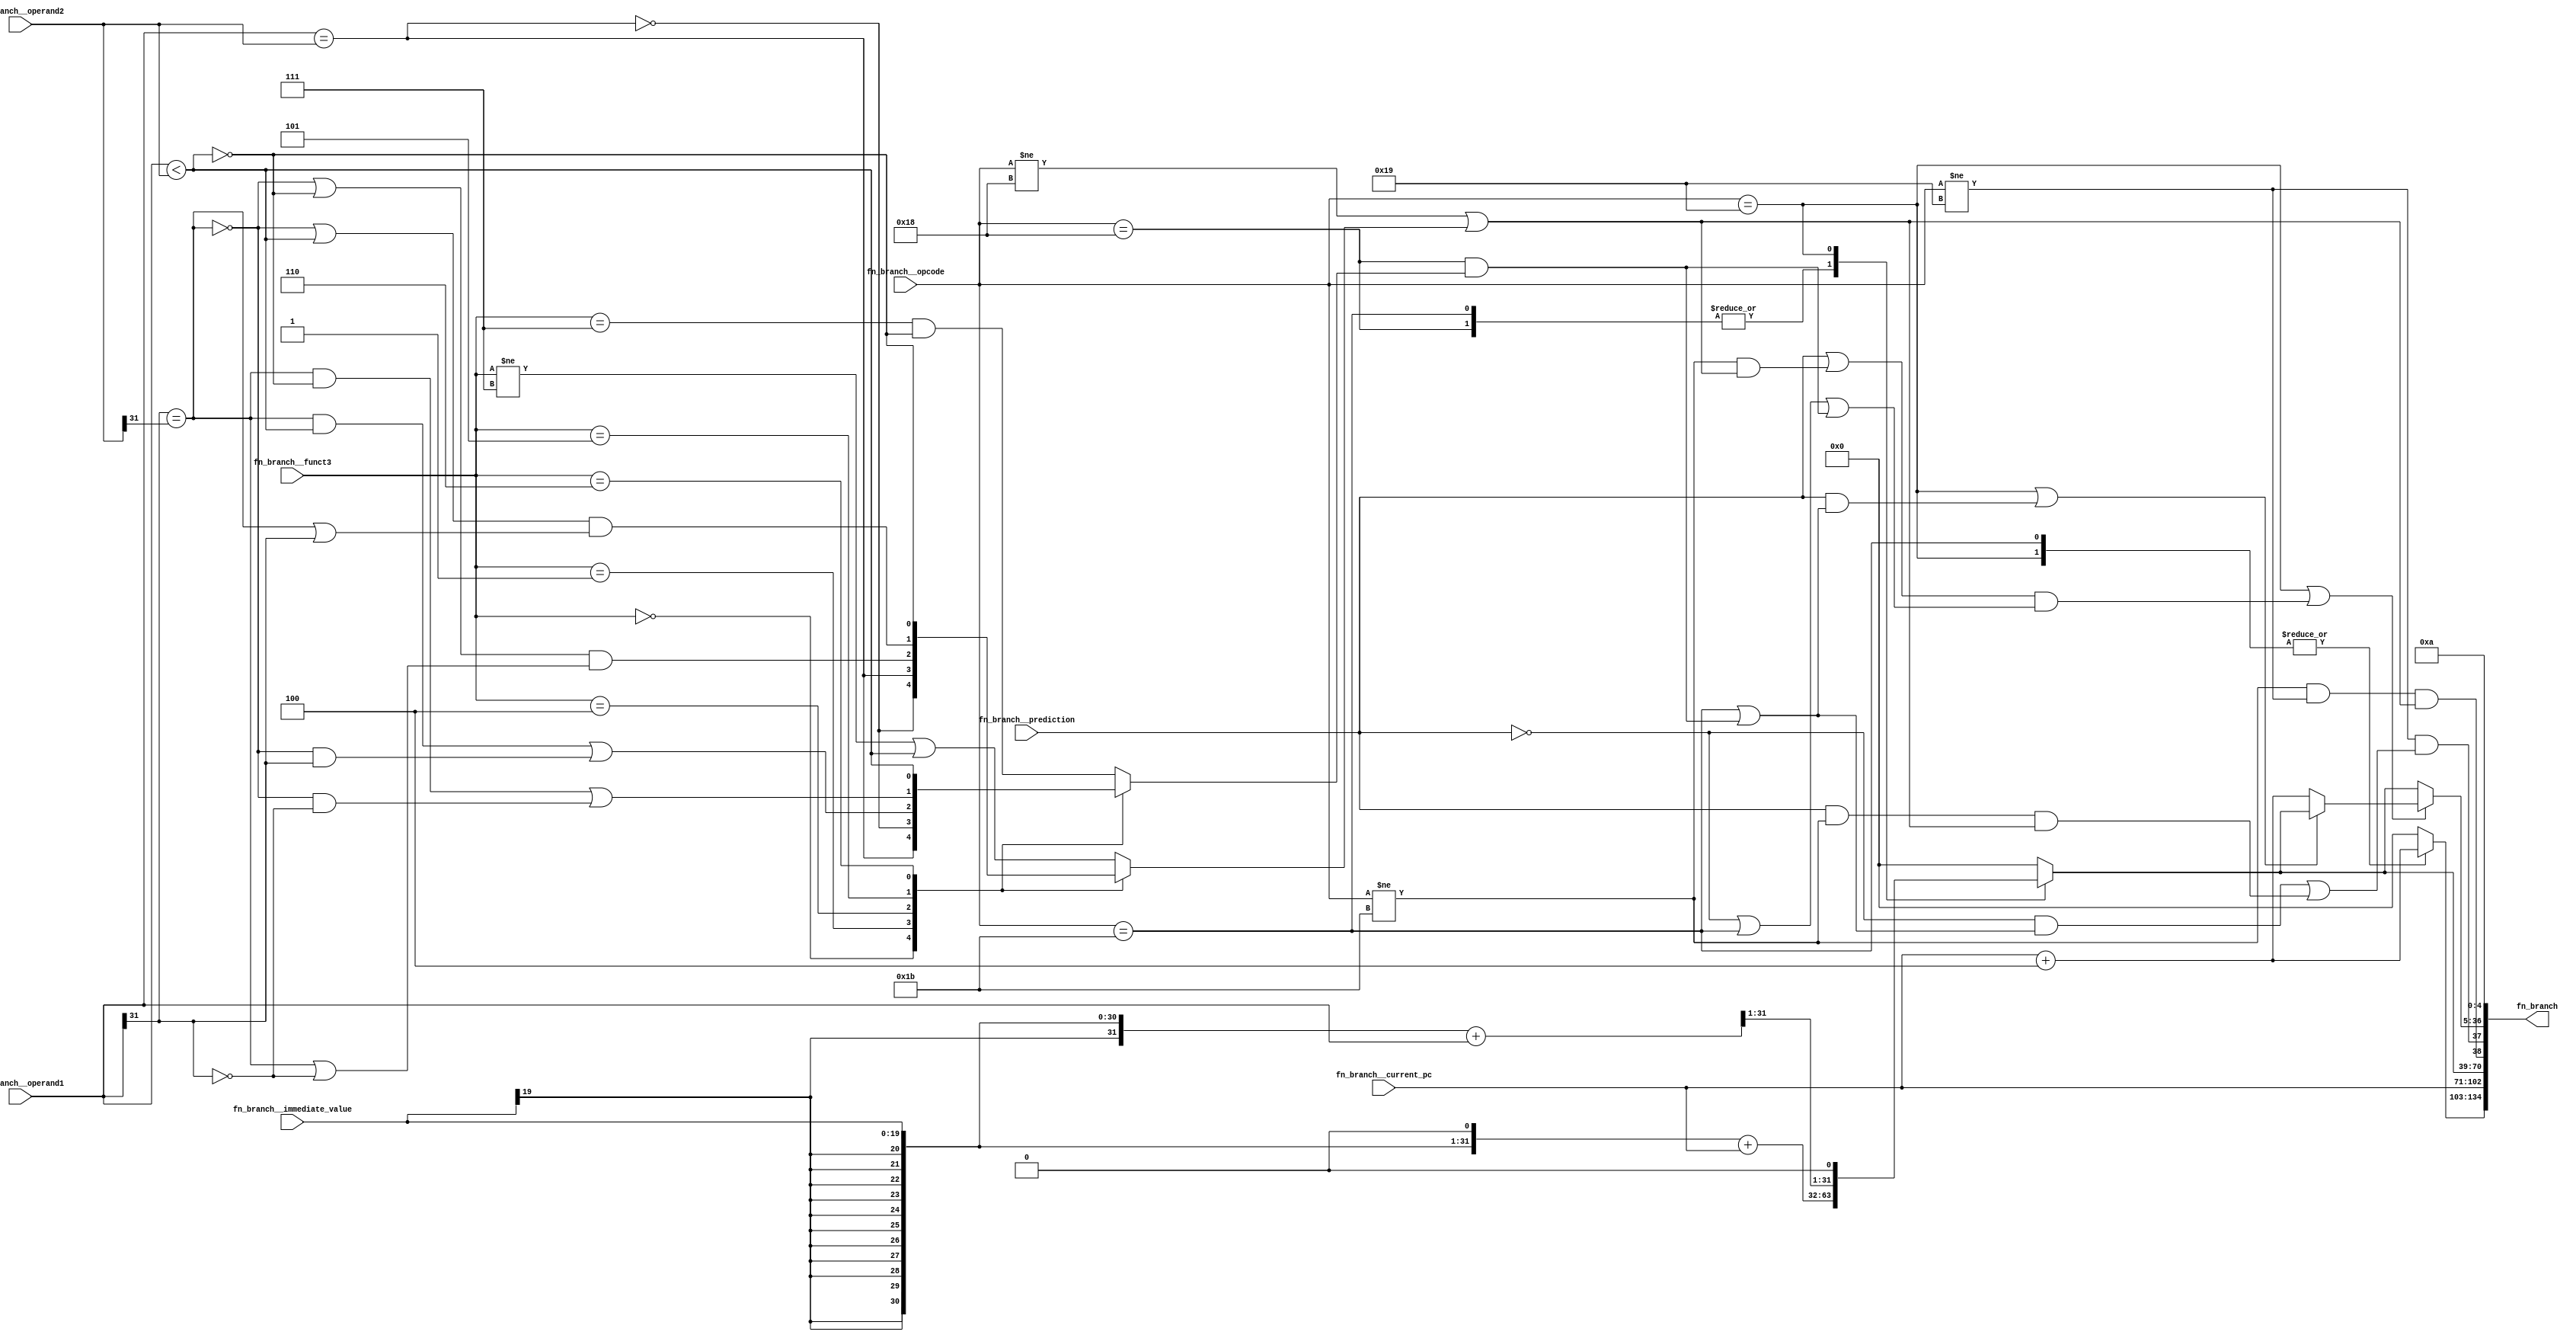
//
// Generated by Bluespec Compiler, version 2016.07.beta1 (build 34806, 2016-07-05)
//
// On Tue Mar 28 10:39:12 IST 2017
//
//
// Ports:
// Name                         I/O  size props
// fn_branch                      O   135
// fn_branch__opcode              I     5
// fn_branch__funct3              I     3
// fn_branch__current_pc          I    32
// fn_branch__immediate_value     I    20
// fn_branch__operand1            I    32
// fn_branch__operand2            I    32
// fn_branch__prediction          I     1
//
// Combinational paths from inputs to outputs:
//   (fn_branch__opcode,
//    fn_branch__funct3,
//    fn_branch__current_pc,
//    fn_branch__immediate_value,
//    fn_branch__operand1,
//    fn_branch__operand2,
//    fn_branch__prediction) -> fn_branch
//
//

`ifdef BSV_ASSIGNMENT_DELAY
`else
  `define BSV_ASSIGNMENT_DELAY
`endif

`ifdef BSV_POSITIVE_RESET
  `define BSV_RESET_VALUE 1'b1
  `define BSV_RESET_EDGE posedge
`else
  `define BSV_RESET_VALUE 1'b0
  `define BSV_RESET_EDGE negedge
`endif

module module_fn_branch(fn_branch__opcode,
			fn_branch__funct3,
			fn_branch__current_pc,
			fn_branch__immediate_value,
			fn_branch__operand1,
			fn_branch__operand2,
			fn_branch__prediction,
			fn_branch);
  // value method fn_branch
  input  [4 : 0] fn_branch__opcode;
  input  [2 : 0] fn_branch__funct3;
  input  [31 : 0] fn_branch__current_pc;
  input  [19 : 0] fn_branch__immediate_value;
  input  [31 : 0] fn_branch__operand1;
  input  [31 : 0] fn_branch__operand2;
  input  fn_branch__prediction;
  output [134 : 0] fn_branch;

  // signals for module outputs
  wire [134 : 0] fn_branch;

  // remaining internal signals
  reg [31 : 0] CASE_fn_branch__opcode_0b11001_fn_branch__curr_ETC__q2, x__h96;
  reg IF_fn_branch__funct3_EQ_0b0_0_THEN_NOT_fn_bran_ETC___d47,
      IF_fn_branch__funct3_EQ_0b0_0_THEN_fn_branch___ETC___d64;
  wire [31 : 0] IF_fn_branch__opcode_EQ_0b11001_OR_fn_branch___ETC___d79,
		fn_branch__current_pc_PLUS_4___d4,
		lv_effective__h142,
		lv_effective__h85,
		lv_target_offset4_PLUS_fn_branch__operand1__q1,
		lv_target_offset__h84;
  wire NOT_fn_branch__prediction_2_AND_fn_branch__opc_ETC___d70,
       fn_branch__opcode_EQ_0b11001_OR_fn_branch__pre_ETC___d77,
       fn_branch__operand1_BIT_31_5_EQ_fn_branch__ope_ETC___d27,
       fn_branch__operand1_EQ_fn_branch__operand2___d21,
       fn_branch__operand1_ULT_fn_branch__operand2___d29,
       fn_branch__prediction_OR_NOT_fn_branch__opcode_ETC___d74;

  // value method fn_branch
  assign fn_branch =
	     { CASE_fn_branch__opcode_0b11001_fn_branch__curr_ETC__q2,
	       fn_branch__current_pc,
	       x__h96,
	       fn_branch__opcode != 5'b11011 &&
	       fn_branch__opcode != 5'b11001 &&
	       (fn_branch__opcode != 5'b11000 ||
		IF_fn_branch__funct3_EQ_0b0_0_THEN_NOT_fn_bran_ETC___d47),
	       fn_branch__opcode != 5'b11001 &&
	       NOT_fn_branch__prediction_2_AND_fn_branch__opc_ETC___d70,
	       IF_fn_branch__opcode_EQ_0b11001_OR_fn_branch___ETC___d79,
	       1'd0,
	       4'b1010 /* unspecified value */  } ;

  // remaining internal signals
  assign IF_fn_branch__opcode_EQ_0b11001_OR_fn_branch___ETC___d79 =
	     (fn_branch__opcode == 5'b11001 ||
	      fn_branch__prediction_OR_NOT_fn_branch__opcode_ETC___d74) ?
	       (fn_branch__opcode_EQ_0b11001_OR_fn_branch__pre_ETC___d77 ?
		  x__h96 :
		  fn_branch__current_pc_PLUS_4___d4) :
	       x__h96 ;
  assign NOT_fn_branch__prediction_2_AND_fn_branch__opc_ETC___d70 =
	     !fn_branch__prediction &&
	     (fn_branch__opcode == 5'b11011 ||
	      fn_branch__opcode == 5'b11000 &&
	      IF_fn_branch__funct3_EQ_0b0_0_THEN_fn_branch___ETC___d64) ||
	     fn_branch__prediction && fn_branch__opcode != 5'b11011 &&
	     (fn_branch__opcode != 5'b11000 ||
	      IF_fn_branch__funct3_EQ_0b0_0_THEN_NOT_fn_bran_ETC___d47) ;
  assign fn_branch__current_pc_PLUS_4___d4 = fn_branch__current_pc + 32'd4 ;
  assign fn_branch__opcode_EQ_0b11001_OR_fn_branch__pre_ETC___d77 =
	     fn_branch__opcode == 5'b11001 ||
	     fn_branch__prediction &&
	     (fn_branch__opcode == 5'b11011 ||
	      fn_branch__opcode == 5'b11000 &&
	      IF_fn_branch__funct3_EQ_0b0_0_THEN_fn_branch___ETC___d64) ;
  assign fn_branch__operand1_BIT_31_5_EQ_fn_branch__ope_ETC___d27 =
	     fn_branch__operand1[31] == fn_branch__operand2[31] ;
  assign fn_branch__operand1_EQ_fn_branch__operand2___d21 =
	     fn_branch__operand1 == fn_branch__operand2 ;
  assign fn_branch__operand1_ULT_fn_branch__operand2___d29 =
	     fn_branch__operand1 < fn_branch__operand2 ;
  assign fn_branch__prediction_OR_NOT_fn_branch__opcode_ETC___d74 =
	     (fn_branch__prediction ||
	      fn_branch__opcode != 5'b11011 &&
	      (fn_branch__opcode != 5'b11000 ||
	       IF_fn_branch__funct3_EQ_0b0_0_THEN_NOT_fn_bran_ETC___d47)) &&
	     (!fn_branch__prediction || fn_branch__opcode == 5'b11011 ||
	      fn_branch__opcode == 5'b11000 &&
	      IF_fn_branch__funct3_EQ_0b0_0_THEN_fn_branch___ETC___d64) ;
  assign lv_effective__h142 =
	     { lv_target_offset__h84[30:0], 1'd0 } + fn_branch__current_pc ;
  assign lv_effective__h85 =
	     { lv_target_offset4_PLUS_fn_branch__operand1__q1[31:1], 1'b0 } ;
  assign lv_target_offset4_PLUS_fn_branch__operand1__q1 =
	     lv_target_offset__h84 + fn_branch__operand1 ;
  assign lv_target_offset__h84 =
	     { {12{fn_branch__immediate_value[19]}},
	       fn_branch__immediate_value } ;
  always@(fn_branch__opcode or lv_effective__h142 or lv_effective__h85)
  begin
    case (fn_branch__opcode)
      5'b11000, 5'b11011: x__h96 = lv_effective__h142;
      5'b11001: x__h96 = lv_effective__h85;
      default: x__h96 = 32'd0;
    endcase
  end
  always@(fn_branch__funct3 or
	  fn_branch__operand1_ULT_fn_branch__operand2___d29 or
	  fn_branch__operand1_EQ_fn_branch__operand2___d21 or
	  fn_branch__operand1_BIT_31_5_EQ_fn_branch__ope_ETC___d27 or
	  fn_branch__operand1)
  begin
    case (fn_branch__funct3)
      3'b0:
	  IF_fn_branch__funct3_EQ_0b0_0_THEN_fn_branch___ETC___d64 =
	      fn_branch__operand1_EQ_fn_branch__operand2___d21;
      3'b001:
	  IF_fn_branch__funct3_EQ_0b0_0_THEN_fn_branch___ETC___d64 =
	      !fn_branch__operand1_EQ_fn_branch__operand2___d21;
      3'b100:
	  IF_fn_branch__funct3_EQ_0b0_0_THEN_fn_branch___ETC___d64 =
	      fn_branch__operand1_BIT_31_5_EQ_fn_branch__ope_ETC___d27 &&
	      fn_branch__operand1_ULT_fn_branch__operand2___d29 ||
	      !fn_branch__operand1_BIT_31_5_EQ_fn_branch__ope_ETC___d27 &&
	      fn_branch__operand1[31];
      3'b101:
	  IF_fn_branch__funct3_EQ_0b0_0_THEN_fn_branch___ETC___d64 =
	      fn_branch__operand1_BIT_31_5_EQ_fn_branch__ope_ETC___d27 &&
	      !fn_branch__operand1_ULT_fn_branch__operand2___d29 ||
	      !fn_branch__operand1_BIT_31_5_EQ_fn_branch__ope_ETC___d27 &&
	      !fn_branch__operand1[31];
      3'b110:
	  IF_fn_branch__funct3_EQ_0b0_0_THEN_fn_branch___ETC___d64 =
	      fn_branch__operand1_ULT_fn_branch__operand2___d29;
      default: IF_fn_branch__funct3_EQ_0b0_0_THEN_fn_branch___ETC___d64 =
		   fn_branch__funct3 == 3'b111 &&
		   !fn_branch__operand1_ULT_fn_branch__operand2___d29;
    endcase
  end
  always@(fn_branch__funct3 or
	  fn_branch__operand1_ULT_fn_branch__operand2___d29 or
	  fn_branch__operand1_EQ_fn_branch__operand2___d21 or
	  fn_branch__operand1_BIT_31_5_EQ_fn_branch__ope_ETC___d27 or
	  fn_branch__operand1)
  begin
    case (fn_branch__funct3)
      3'b0:
	  IF_fn_branch__funct3_EQ_0b0_0_THEN_NOT_fn_bran_ETC___d47 =
	      !fn_branch__operand1_EQ_fn_branch__operand2___d21;
      3'b001:
	  IF_fn_branch__funct3_EQ_0b0_0_THEN_NOT_fn_bran_ETC___d47 =
	      fn_branch__operand1_EQ_fn_branch__operand2___d21;
      3'b100:
	  IF_fn_branch__funct3_EQ_0b0_0_THEN_NOT_fn_bran_ETC___d47 =
	      (!fn_branch__operand1_BIT_31_5_EQ_fn_branch__ope_ETC___d27 ||
	       !fn_branch__operand1_ULT_fn_branch__operand2___d29) &&
	      (fn_branch__operand1_BIT_31_5_EQ_fn_branch__ope_ETC___d27 ||
	       !fn_branch__operand1[31]);
      3'b101:
	  IF_fn_branch__funct3_EQ_0b0_0_THEN_NOT_fn_bran_ETC___d47 =
	      (!fn_branch__operand1_BIT_31_5_EQ_fn_branch__ope_ETC___d27 ||
	       fn_branch__operand1_ULT_fn_branch__operand2___d29) &&
	      (fn_branch__operand1_BIT_31_5_EQ_fn_branch__ope_ETC___d27 ||
	       fn_branch__operand1[31]);
      3'b110:
	  IF_fn_branch__funct3_EQ_0b0_0_THEN_NOT_fn_bran_ETC___d47 =
	      !fn_branch__operand1_ULT_fn_branch__operand2___d29;
      default: IF_fn_branch__funct3_EQ_0b0_0_THEN_NOT_fn_bran_ETC___d47 =
		   fn_branch__funct3 != 3'b111 ||
		   fn_branch__operand1_ULT_fn_branch__operand2___d29;
    endcase
  end
  always@(fn_branch__opcode or fn_branch__current_pc_PLUS_4___d4)
  begin
    case (fn_branch__opcode)
      5'b11001, 5'b11011:
	  CASE_fn_branch__opcode_0b11001_fn_branch__curr_ETC__q2 =
	      fn_branch__current_pc_PLUS_4___d4;
      default: CASE_fn_branch__opcode_0b11001_fn_branch__curr_ETC__q2 = 32'd0;
    endcase
  end
endmodule  // module_fn_branch